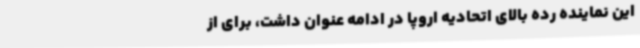
این نماینده رده بالای اتحادیه اروپا در ادامه عنوان داشت، برای از